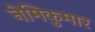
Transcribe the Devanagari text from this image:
नेमिकुमार